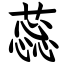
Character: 蕊